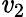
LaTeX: \mathit{v}_{2}